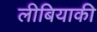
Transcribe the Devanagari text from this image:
लीबियाकी